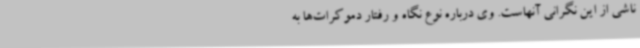
ناشی از این نگرانی آنهاست. وی درباره نوع نگاه و رفتار دموکرات‌ها به